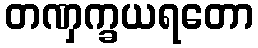
တဏှက္ခယရတော